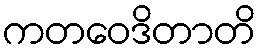
ကတဝေဒိတာတိ